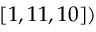
[ 1 , 1 1 , 1 0 ] )